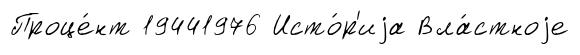
Проце́нт 19441976 Исто́р'иjа Вла́стноjе